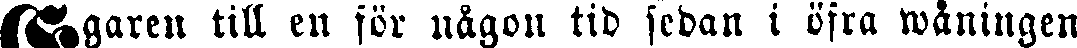
Ägaren till en för någon tid sedan i öfra wåningen